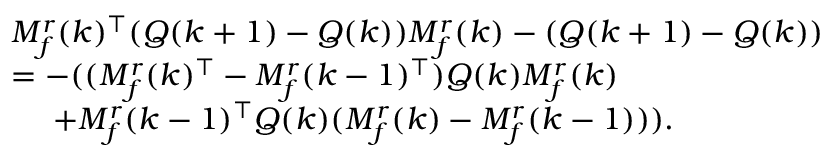
\begin{array} { r l } & { M _ { f } ^ { r } ( k ) ^ { \top } ( Q ( k + 1 ) - Q ( k ) ) M _ { f } ^ { r } ( k ) - ( Q ( k + 1 ) - Q ( k ) ) } \\ & { = - ( ( M _ { f } ^ { r } ( k ) ^ { \top } - M _ { f } ^ { r } ( k - 1 ) ^ { \top } ) Q ( k ) M _ { f } ^ { r } ( k ) } \\ & { \ \ \ \ + M _ { f } ^ { r } ( k - 1 ) ^ { \top } Q ( k ) ( M _ { f } ^ { r } ( k ) - M _ { f } ^ { r } ( k - 1 ) ) ) . } \end{array}